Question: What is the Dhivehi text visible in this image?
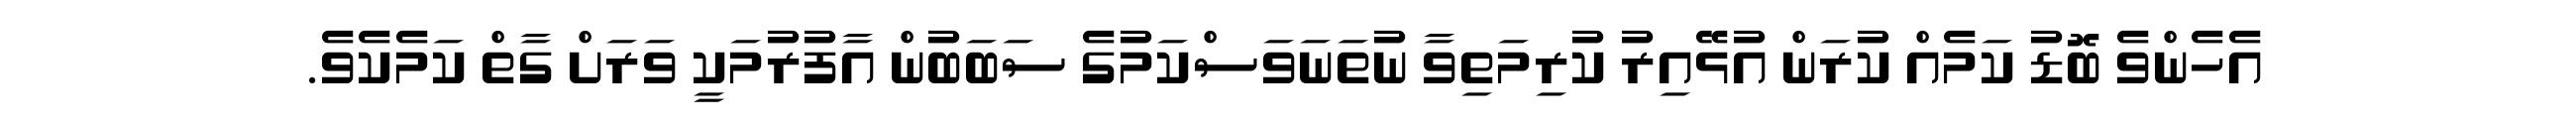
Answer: އެހެންވެ ބޮޑު ކަމެއް ކުރަން އުޅޭއިރު ކުރިމަތިވާ ނުތަނަވަސްކަމުގެ ސަބަބުން އާފުރުމަކީ ވަރަށް ގާތް ކަމެކެވެ.